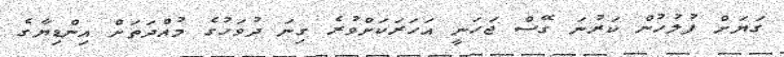
ގަޔަށް ފުލުހުން ކަރުނަ ގޭސް ޖަހަނީ އަހަރަކަށްވުރެ ގިނަ ދުވަހުގެ މުއްދަތަށް އިންޑިޔާގެ